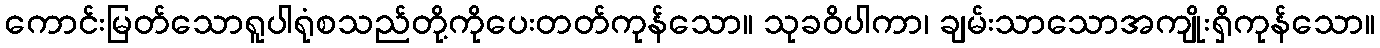
ကောင်းမြတ်သောရူပါရုံစသည်တို့ကိုပေးတတ်ကုန်သော။ သုခဝိပါကာ၊ ချမ်းသာသောအကျိုးရှိကုန်သော။